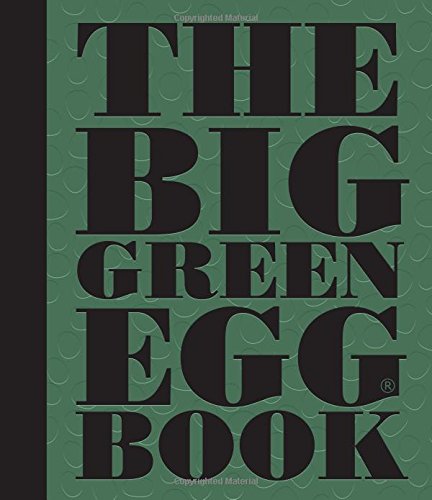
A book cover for The Big Green Egg Book; Dirk Koppes; Cookbooks, Food & Wine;